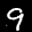
Label: 9